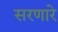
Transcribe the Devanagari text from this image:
सरणारे